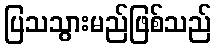
ပြသသွားမည်ဖြစ်သည်